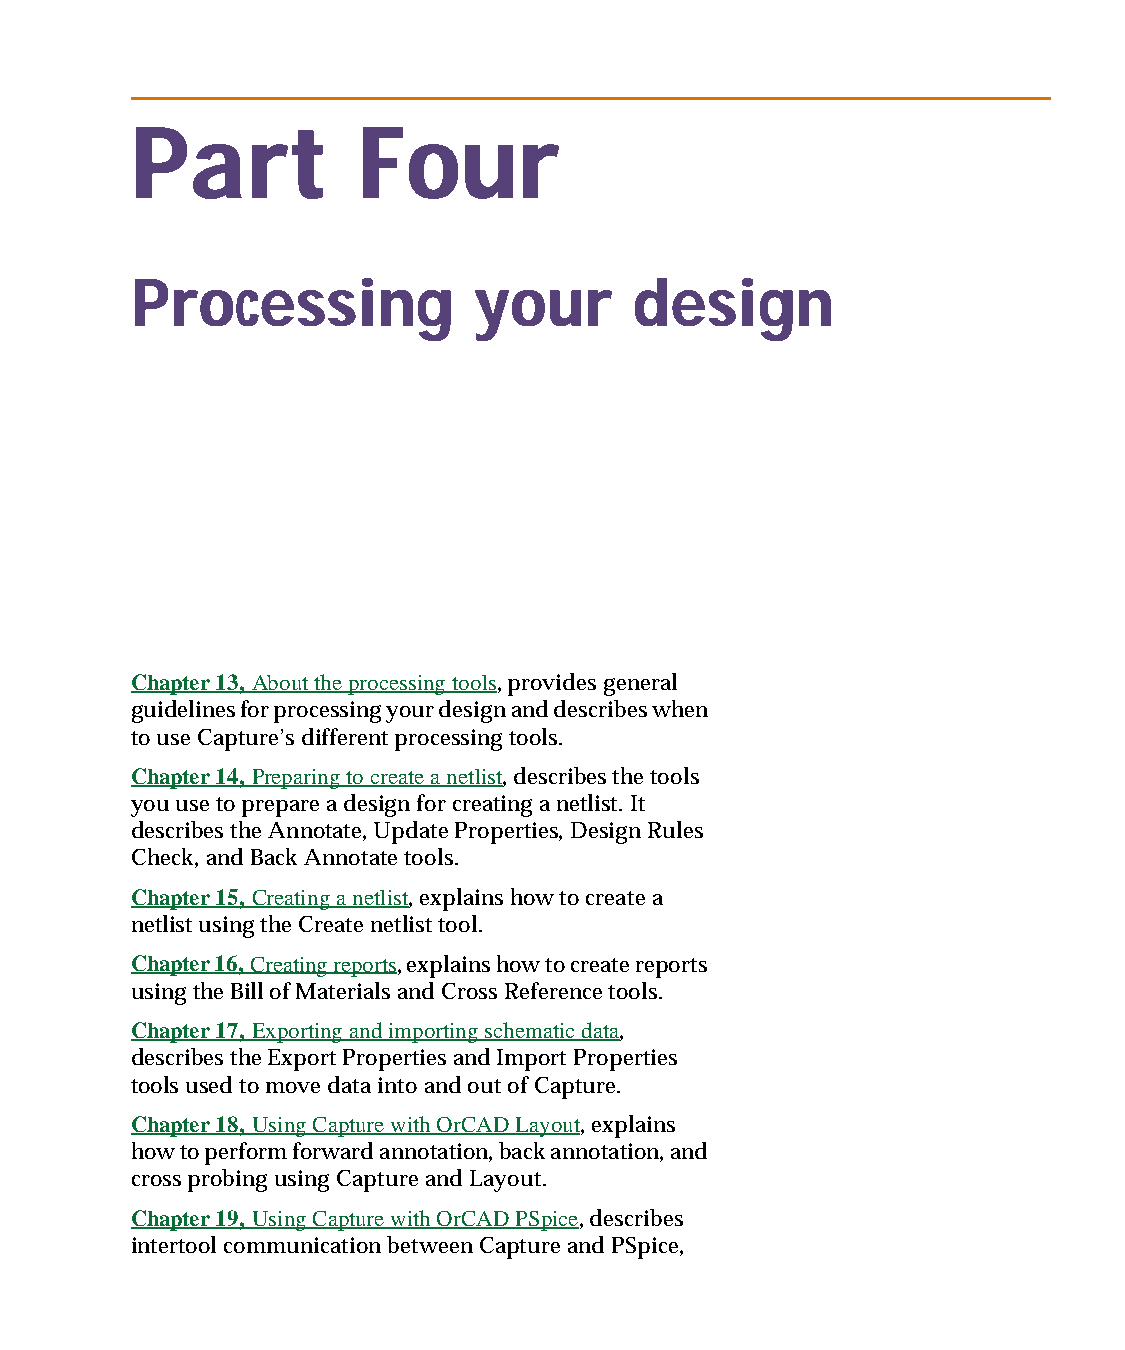
capug.book Page 229 Thursday, November 12, 1998 3:38 PM
 Part           Four
 Processing            your       design
 Chapter 13, About the processing tools, provides general
 guidelines for processing your design and describes when
 to use Capture’s different processing tools.
 Chapter 14, Preparing to create a netlist, describes the tools
 you use to prepare a design for creating a netlist. It
 describes the Annotate, Update Properties, Design Rules
 Check, and Back Annotate tools.
 Chapter 15, Creating a netlist, explains how to create a
 netlist using the Create netlist tool.
 Chapter 16, Creating reports, explains how to create reports
 using the Bill of Materials and Cross Reference tools.
 Chapter 17, Exporting and importing schematic data,
 describes the Export Properties and Import Properties
 tools used to move data into and out of Capture.
 Chapter 18, Using Capture with OrCADLayout, explains
 how to perform forward annotation, back annotation, and
 cross probing using Capture and Layout.
 Chapter 19, Using Capture with OrCADPSpice, describes
 intertool communication between Capture and PSpice,